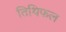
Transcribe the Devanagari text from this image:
तिथिफल